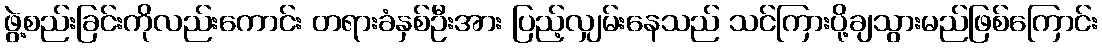
ဖွဲ့စည်းခြင်းကိုလည်းကောင်း တရားခံနှစ်ဦးအား ပြည့်လျှမ်းနေသည် သင်ကြားပို့ချသွားမည်ဖြစ်ကြောင်း